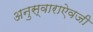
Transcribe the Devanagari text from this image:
अनुस्वाराऐवजी